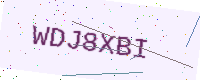
Text: WDJ8XBI